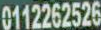
0112262526